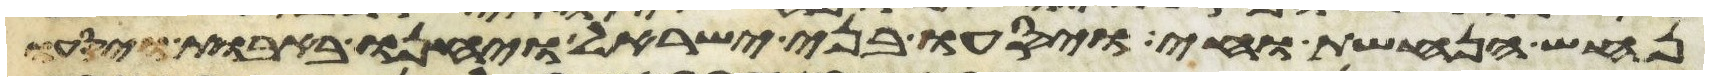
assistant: נחש הנחשת וחי ויסעו בני ישראל ויחנו באבות ויסעו